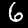
Label: 6